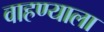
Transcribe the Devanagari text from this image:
वाहण्याला